NAE_ERA_R-1765_ENSV_Kirjanike_Liit_1945-1955, lk 11
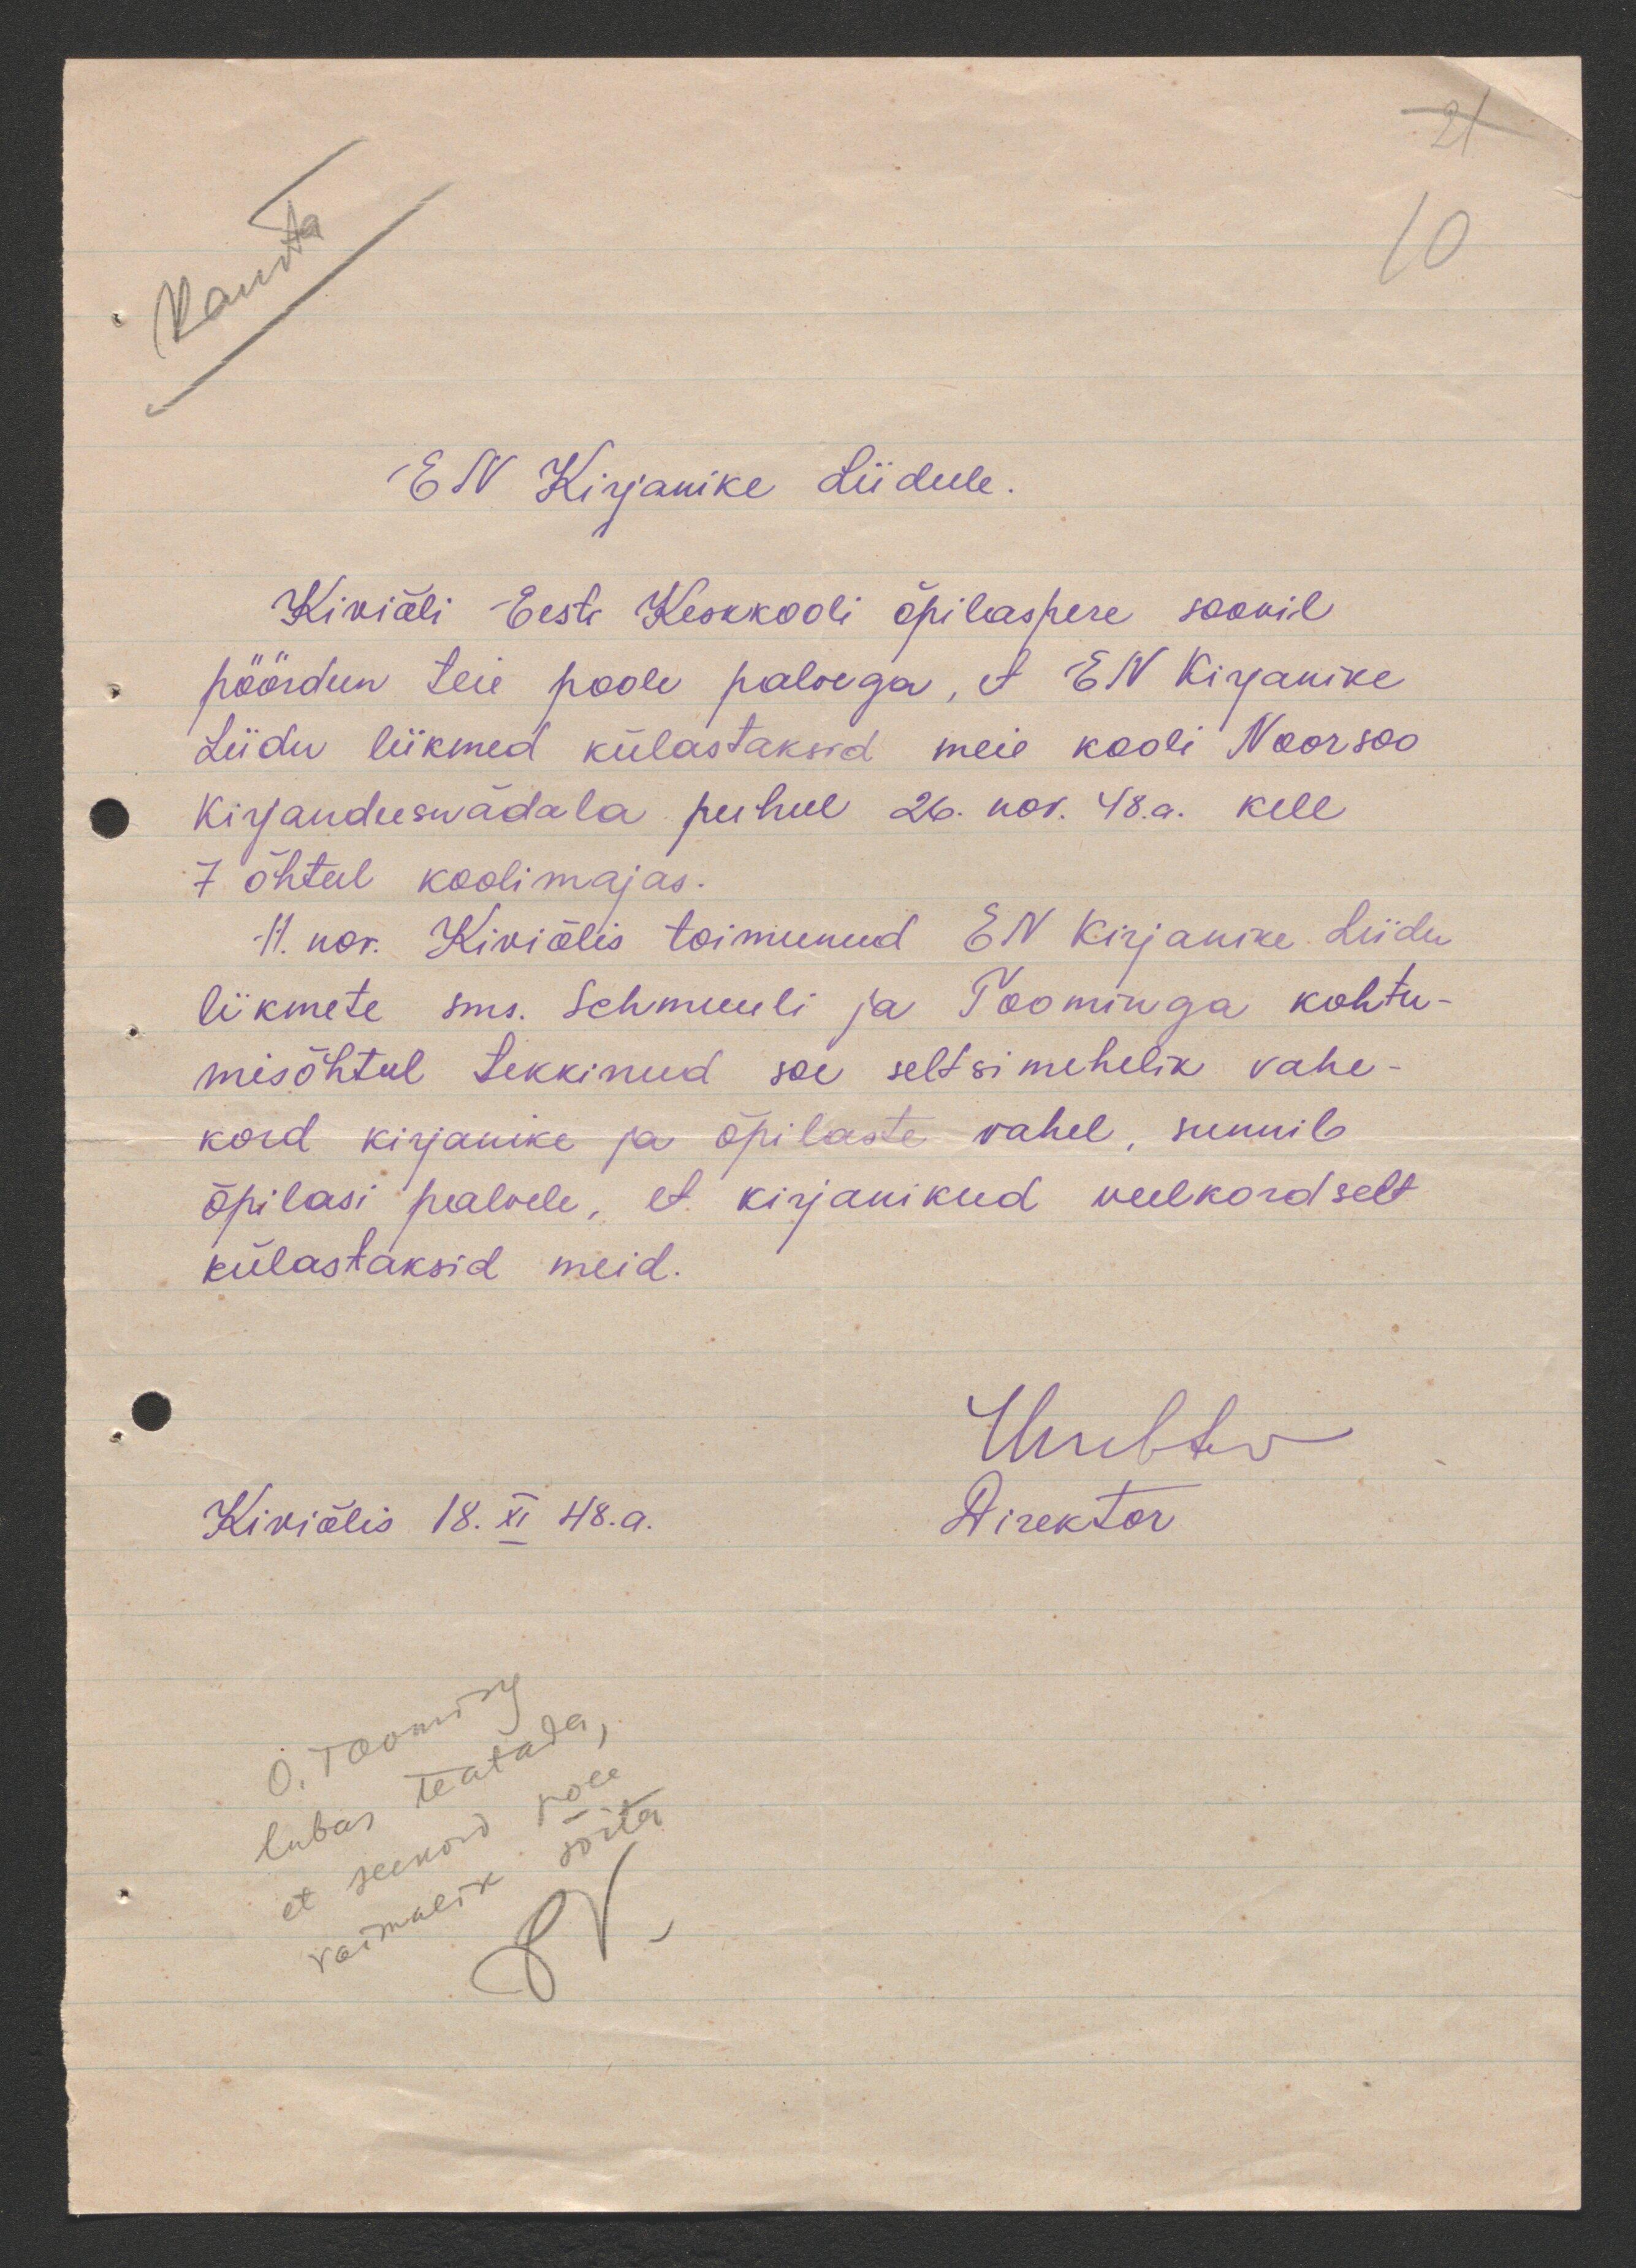
EN Kirjanike Liidule
Kiviõli Eesti Keskkooli õpilaspere soovil
pöördun teie poole palvega, et EN Kirjanike
Liidu liikmed külastaksid meie kooli Noorsoo
Kirjandusnädala puhul 26. nov. 48a. kell
7 õhtul koolimajas.
11. nov. Kiviõlis toimunud EN Kirjanike Liidu
liikmete sms. Schmuuli ja Toominga kohtu-
misõhtul tekkinud see seltsimehelik vahe-
kord kirjanike ja õpilaste vahel, sunnib
õpilasi palvele, et kirjanikud veelkordselt
külastaksid meid.
Kirilis 18. XI 48. a.
Direktor
O. Tooming
lubas teatada
et seekord pole
võimalik sõita